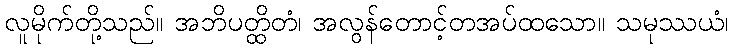
လူမိုက်တို့သည်။ အဘိပတ္ထိတံ၊ အလွန်တောင့်တအပ်ထသော။ သမုဿယံ၊